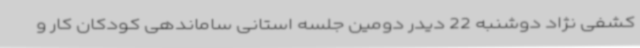
کشفی نژاد دوشنبه 22 دیدر دومین جلسه استانی ساماندهی کودکان کار و